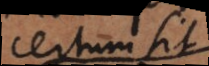
certum sit